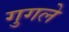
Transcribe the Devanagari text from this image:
गुगले